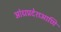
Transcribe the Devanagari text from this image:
आंध्रप्रदेशआणि